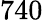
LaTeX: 740